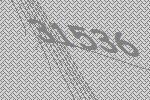
31536